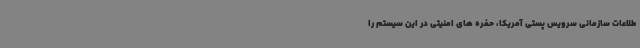
طلاعات سازمانی سرویس پستی آمریکا، حفره های امنیتی در این سیستم را